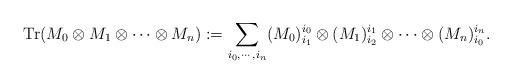
LaTeX: \begin{align*}\mathrm{Tr}(M_0 \otimes M_1 \otimes \cdots \otimes M_n) := \sum_{i_0, \cdots, i_n} (M_0)^{i_0}_{i_1} \otimes (M_1)^{i_1}_{i_2} \otimes \cdots \otimes (M_n)^{i_n}_{i_0}.\end{align*}